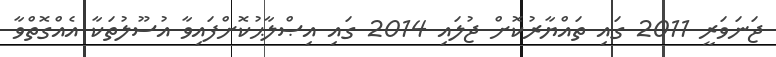
ޖަނަވަރީ 2011 ގައި ތައްޔާރުކޮށް ޖުލައި 2014 ގައި އިޞްލާޙުކޮށްފައިވާ އުސޫލުތަކާ އެއްގޮތްވާ